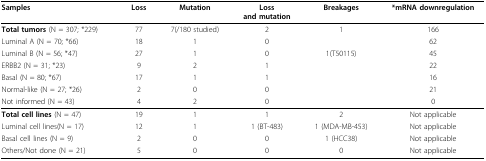
| Samples | Loss | Mutation | Lossand mutation | Breakages | *mRNA downregulation |
 | --- | --- | --- | --- | --- | --- |
 | Total tumors (N = 307; *229) | 77 | 7(/180 studied) | 2 | 1 | 166 |
 | Luminal A (N = 70; *66) | 18 | 1 | 0 |  | 62 |
 | Luminal B (N = 56; *47) | 27 | 1 | 0 | 1(T50115) | 45 |
 | ERBB2 (N = 31; *23) | 9 | 2 | 1 |  | 22 |
 | Basal (N = 80; *67) | 17 | 1 | 1 |  | 16 |
 | Normal-like (N = 27; *26) | 2 | 0 | 0 |  | 21 |
 | Not informed (N = 43) | 4 | 2 | 0 |  | 0 |
 | Total cell lines (N = 47) | 19 | 1 | 1 | 2 | Not applicable |
 | Luminal cell lines(N = 17) | 12 | 1 | 1 (BT-483) | 1 (MDA-MB-453) | Not applicable |
 | Basal cell lines (N = 9) | 2 | 0 | 0 | 1 (HCC38) | Not applicable |
 | Others/Not done (N = 21) | 5 | 0 | 0 | 0 | Not applicable |